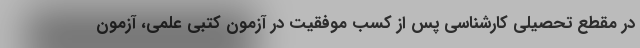
در مقطع تحصیلی کارشناسی پس از کسب موفقیت در آزمون کتبی علمی، آزمون